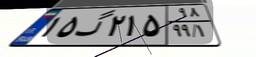
۱۵گ۲۱۵۹۸